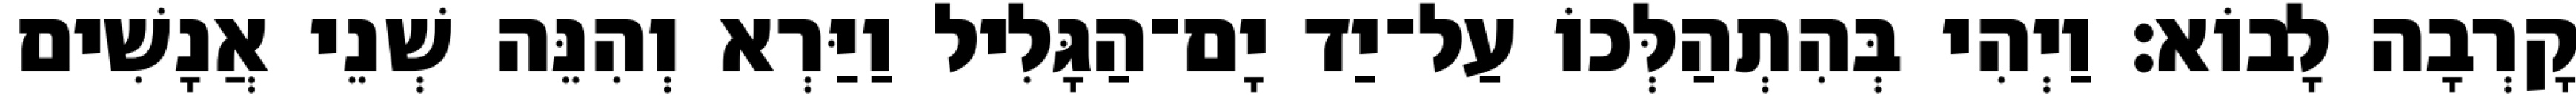
קָרְבָה לָבוֹא׃ וַיְהִי בְּהִתְהַלְּכוֹ עַל־יַד יָם־הַגָּלִיל וַיַּרְא וְהִנֵּה שְׁנֵי אֲנָשִׁים